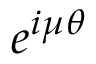
e ^ { i \mu \theta }